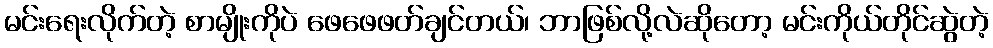
မင်းရေးလိုက်တဲ့ စာမျိုးကိုပဲ ဖေဖေဖတ်ချင်တယ်၊ ဘာဖြစ်လို့လဲဆိုတော့ မင်းကိုယ်တိုင်ဆွဲတဲ့